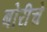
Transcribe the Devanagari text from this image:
बोरीचे